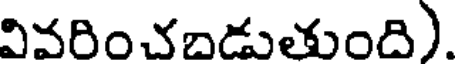
వివరించబడుతుంది).